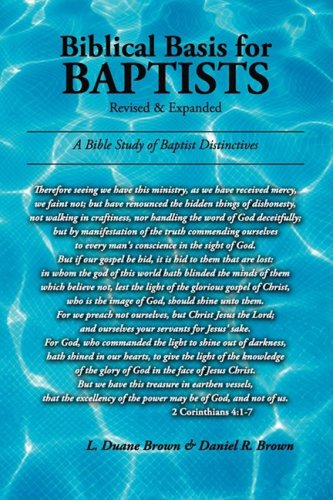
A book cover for Biblical Basis for Baptists; L. Duane Brown; Christian Books & Bibles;